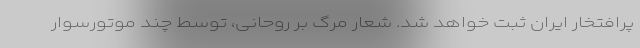
پرافتخار ایران ثبت خواهد شد. شعار مرگ بر روحانی، توسط چند موتورسوار